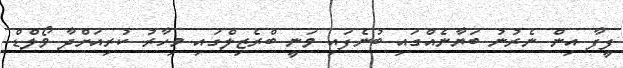
ފީފާ އިން ނެރުނު ބަޔާނެއްގައި ބުނެފައި ވަނީ ބްރެޒިލްގައި މިހާރު ކުރިއަށްދާ ވޯލްޑް